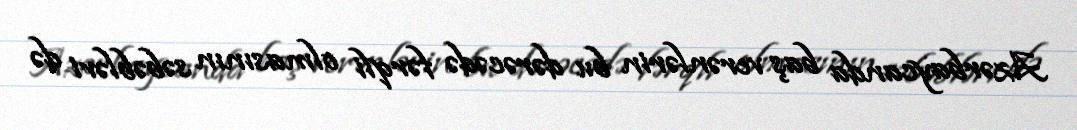
Azərbaycanda baş verənlərin bu dərəcədə fərqli olmasının səbəbləri də